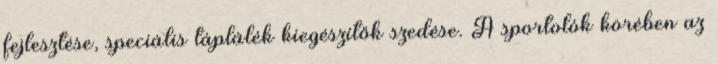
fejlesztése, speciális táplálék kiegészítők szedése. A sportolók körében az